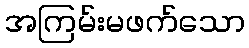
အကြမ်းမဖက်သော